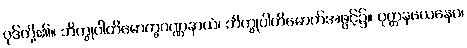
ပုဒ်တို့၏။ ဘိက္ခုပါတိမောက္ခဝဏ္ဏနာယံ၊ ဘိက္ခုပါတိမောက်အဖွင့်၌။ ဝုတ္တနယေနေဝ၊